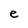
Character: e